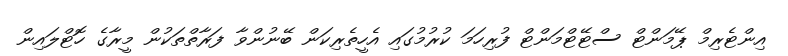
އިންޓެރިމް ޕޭމަންޓް ސްޓޭޓްމަންޓް ފުރިހަމަ ކުރުމުގައި އެހީތެރިކަން ބޭނުންވާ ފަރާތްތަކުން މީރާގެ ހޮޓްލައިން